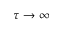
\tau \rightarrow \infty